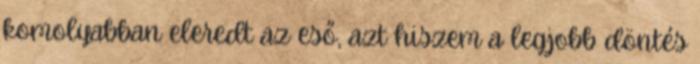
komolyabban eleredt az eső, azt hiszem a legjobb döntés